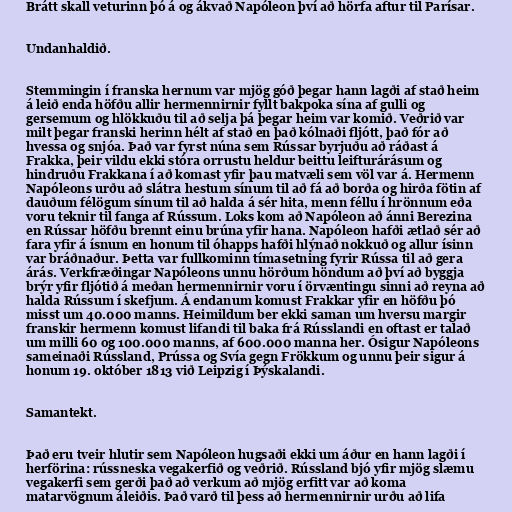
Brátt skall veturinn þó á og ákvað Napóleon því að hörfa aftur til Parísar.

Undanhaldið.

Stemmingin í franska hernum var mjög góð þegar hann lagði af stað heim
á leið enda höfðu allir hermennirnir fyllt bakpoka sína af gulli og
gersemum og hlökkuðu til að selja þá þegar heim var komið. Veðrið var
milt þegar franski herinn hélt af stað en það kólnaði fljótt, það fór að
hvessa og snjóa. Það var fyrst núna sem Rússar byrjuðu að ráðast á
Frakka, þeir vildu ekki stóra orrustu heldur beittu leifturárásum og
hindruðu Frakkana í að komast yfir þau matvæli sem völ var á. Hermenn
Napóleons urðu að slátra hestum sínum til að fá að borða og hirða fötin af
dauðum félögum sínum til að halda á sér hita, menn féllu í hrönnum eða
voru teknir til fanga af Rússum. Loks kom að Napóleon að ánni Berezina
en Rússar höfðu brennt einu brúna yfir hana. Napóleon hafði ætlað sér að
fara yfir á ísnum en honum til óhapps hafði hlýnað nokkuð og allur ísinn
var bráðnaður. Þetta var fullkominn tímasetning fyrir Rússa til að gera
árás. Verkfræðingar Napóleons unnu hörðum höndum að því að byggja
brýr yfir fljótið á meðan hermennirnir voru í örvæntingu sinni að reyna að
halda Rússum í skefjum. Á endanum komust Frakkar yfir en höfðu þó
misst um 40.000 manns. Heimildum ber ekki saman um hversu margir
franskir hermenn komust lifandi til baka frá Rússlandi en oftast er talað
um milli 60 og 100.000 manns, af 600.000 manna her. Ósigur Napóleons
sameinaði Rússland, Prússa og Svía gegn Frökkum og unnu þeir sigur á
honum 19. október 1813 við Leipzig í Þýskalandi.

Samantekt.

Það eru tveir hlutir sem Napóleon hugsaði ekki um áður en hann lagði í
herförina: rússneska vegakerfið og veðrið. Rússland bjó yfir mjög slæmu
vegakerfi sem gerði það að verkum að mjög erfitt var að koma
matarvögnum áleiðis. Það varð til þess að hermennirnir urðu að lifa